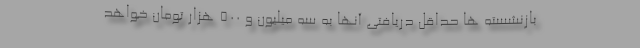
بازنشسته ها حداقل دریافتی آنها به سه میلیون و ۵۰۰ هزار تومان خواهد